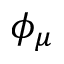
\phi _ { \mu }